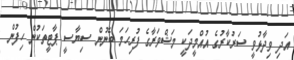
އަދި ވިދާޅުވީ ސަރުކާރުގެ އުއްމީދަކީ މަޝްވަރާގެ ފުރިހަމަ ބޭނުން ސިޔާސީ ޕާޓީތަކުން ހިފުން